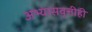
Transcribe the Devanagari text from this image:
अभ्यासवृत्तीही